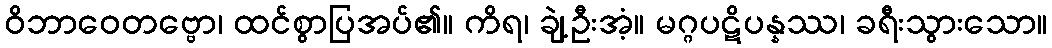
ဝိဘာဝေတဗ္ဗော၊ ထင်စွာပြအပ်၏။ ကိရ၊ ချဲ့ဦးအံ့။ မဂ္ဂပဋိပန္နဿ၊ ခရီးသွားသော။